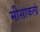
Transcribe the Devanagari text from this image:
मीसाकलां